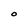
Character: O